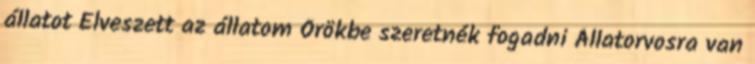
állatot Elveszett az állatom Örökbe szeretnék fogadni Állatorvosra van